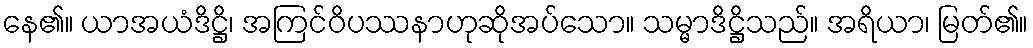
နေ၏။ ယာအယံဒိဋ္ဌိ၊ အကြင်ဝိပဿနာဟုဆိုအပ်သော။ သမ္မာဒိဋ္ဌိသည်။ အရိယာ၊ မြတ်၏။